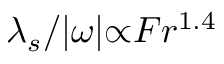
\lambda _ { s } / { \vert } \omega { \vert } { \propto } F r ^ { 1 . 4 }